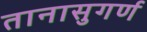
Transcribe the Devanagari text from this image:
तानासुगर्ण